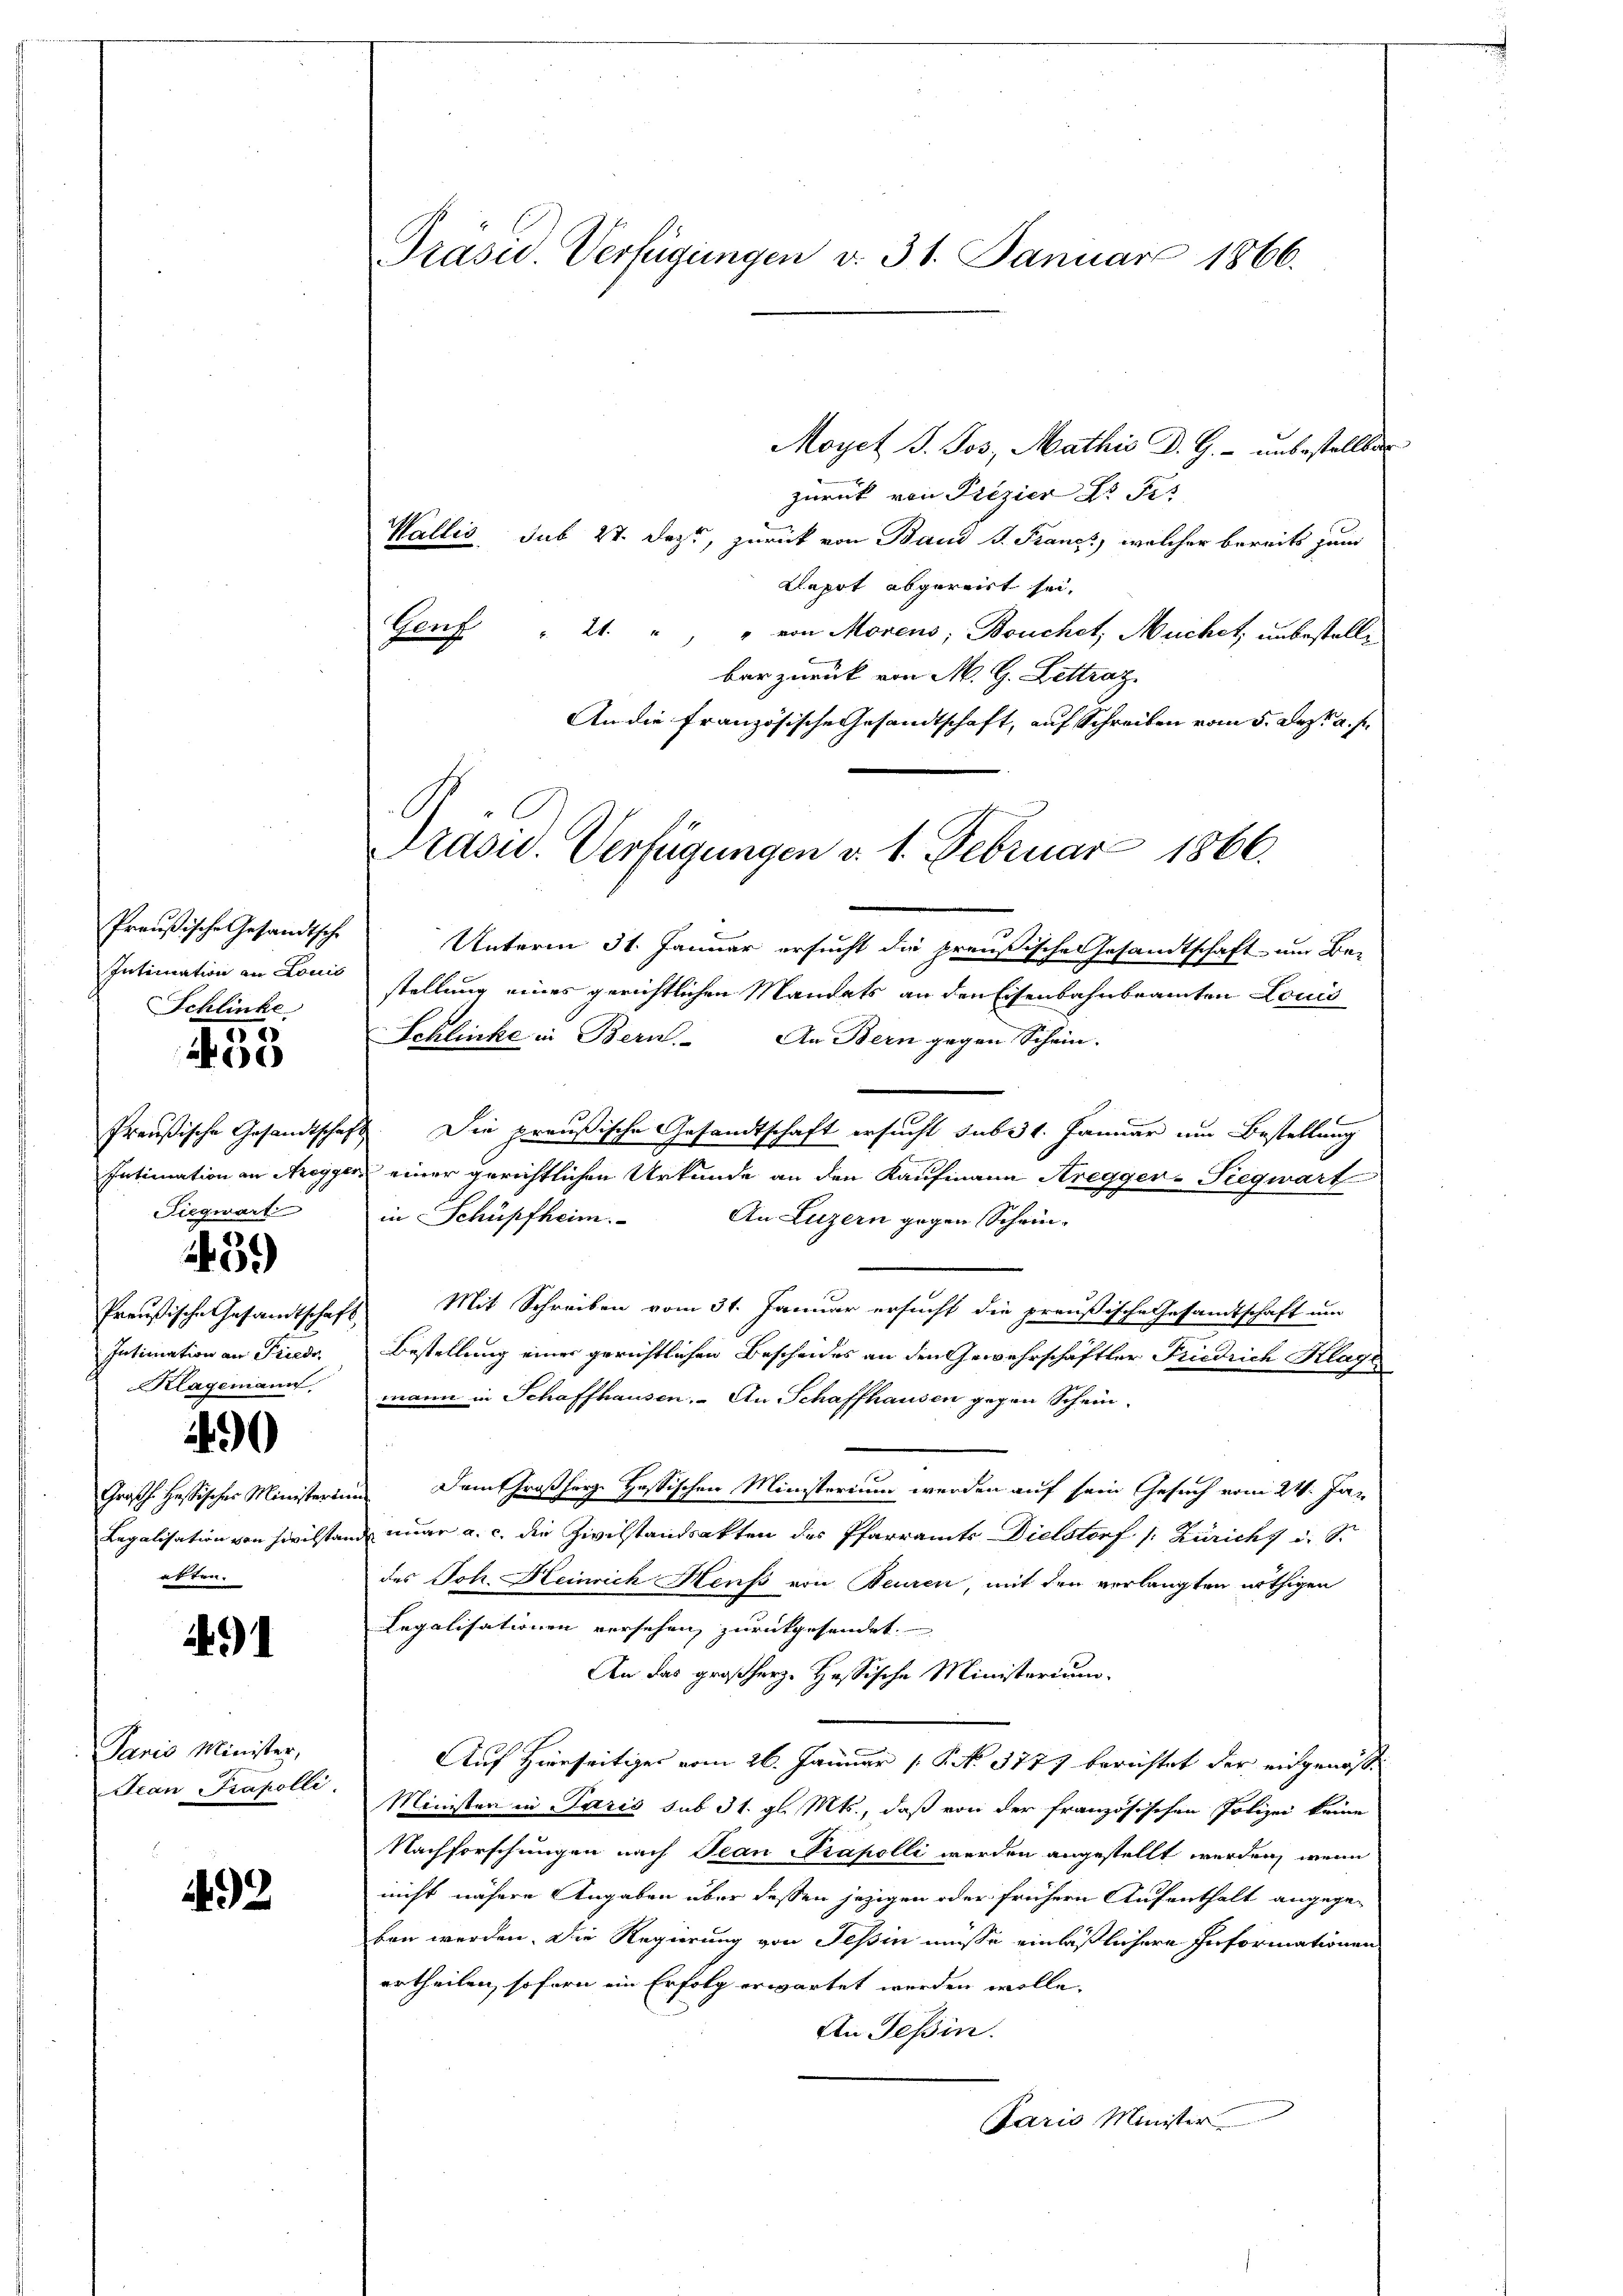
Preußische Gesandtsche
Intimation an Louis
Schlinke

35

Preußische Gesandtschaf
Intimation an Freyger
Siegwart

43.)

Preußische Gesandtschaf
Intimation an Friede
Klagemann

490

Großh. Hr. Fisches Ministerii
Legalisation von Zivilsta
atten.

91

Paris Minister,
Pan Capelli.

492

Präsid. Verfügungen v. 31. Januar 1866.

Moyet P. Jos. Mathis D. G. unbestellten
zurück von Prizier L. Fis
Wallis, sub 27. Dezt, zurück von Baud G. Francs, welcher bereits zum
Lepot abgereit sei,
Genf " 21. " " von Morens, Bouchet, Muchet, unbestelle
bar zurück von M. G. Lettraz.
An die französische Gesandtschaft, auf Schreiben vom 5. Dez. a. f.
Unterm 31. Januar ersucht die preußische Gesandtschaft um Be-
stellung eines gerichtlichen Mandats an den Eisenbahnbeamten Louis
Schlinke in Bern. An Bern gegen Schein.
2. Die preußische Gesandtschaft ersucht sub. 1. Januar um Bestellung
& einer gerichtlichen Urkunde an den Kaufmann Aregger-Siegwart
in Schüpfheim.
An Luzern gegen Schein¬
Mit Schreiben vom 31. Januar ersucht die preußische Gesamtschaft um
Bestellung einer gerichtlichen Bescheides an den Gewehrschäftler Friedrich Klage
mann in Schaffhausen. An Schaffhausen gegen Schein¬
Dem Großherz. Hassischen Ministerium werden auf sein Gesuch vom 24. Jan
nuar a. c. die Zivilstandsakten des Pfarramts Dielstorf (: Züricht u. St
des Joh. Heinrich Heuß von Beuren, mit den verlangten nöthigen
Legalisationen versehen zurückgesendet.
An das großherz. Hessische Ministerium
Auf Hierseitiges vom 26. Januar (S. No 3777 berichtet der eingenosse
Ministen in Paris sub 31. gl. Mts., daß von der französischen Polizei keine
Nachforschungen nach Jean Präpolli werden angestellt werden, wenn
nicht nähere Angaben über dessen jezigen oder frühern Aufenthalt angege-
ben werden. Die Regierung von Tessin müsse einläßlichere Informationen
ertheilen, sofern ein Erfolg erwartet werden wolle.
An Tessin.
Paris Minister

l
Präsid.. Verfügungen v. 1. Februar 1866.